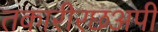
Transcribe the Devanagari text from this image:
तकारीरछअपी